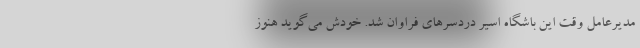
مدیرعامل وقت این باشگاه اسیر دردسرهای فراوان شد. خودش می‌گوید هنوز